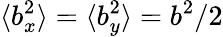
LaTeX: \langle b_{x}^{2}\rangle=\langle b_{y}^{2}\rangle=b^{2}/2